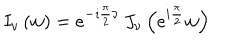
LaTeX: I _ { \nu } \left( w \right) = e ^ { { - \imath \frac { \pi } { 2 } \nu } } \, J _ { \nu } \left( e ^ { { i \frac { \pi } { 2 } } } w \right)